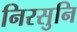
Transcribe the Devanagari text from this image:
निरसुनि